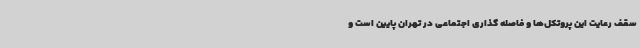
سقف رعایت این پروتکل‌ها و فاصله گذاری اجتماعی در تهران پایین است و